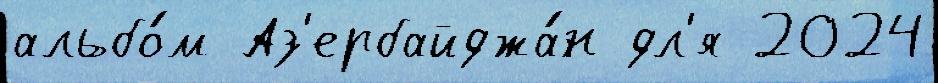
альбо́м Аз'ербайджа́н дл'я 2024